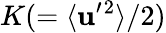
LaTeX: K(=\langle{{\mathbf{u}}^{\prime}{}^{2}}\rangle/2)